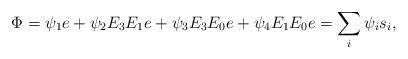
LaTeX: \begin{align*}\Phi = \psi_1 e + \psi_2 E_3E_1 e + \psi_3 E_3 E_0 e + \psi_4 E_1 E_0 e = \sum_{i} \psi_i s_i ,\end{align*}